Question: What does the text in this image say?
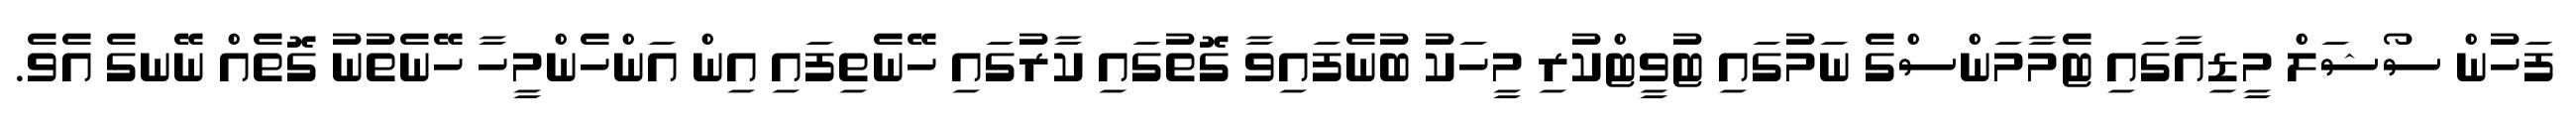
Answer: ފަހުން ސޯޝަލް މީޑިއާގައި ޓެމާމަންސްގެ ނަމުގައި ޓުވީޓްކުރި މީހަކު ބުނެފައިވާ ގޮތުގައި ކާރުގައި ހޭނެތިފައި އިން އަންހެންމީހާ ހޭނެތުނު ގޮތެއް ނޭނގެ އެވެ.